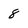
Character: 8